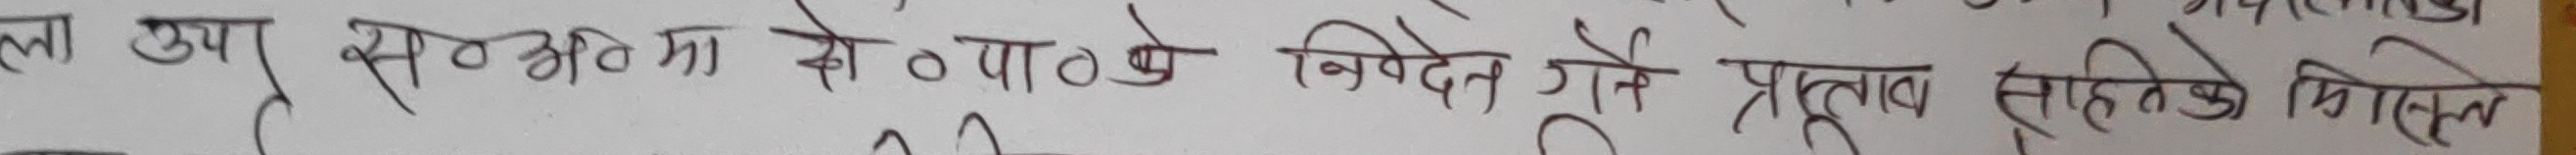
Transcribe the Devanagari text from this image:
ला उषा सरभर्तीमा सो पाठ्ये निवेदन गर्ने प्रस्ताव सुत्रिएको निहित